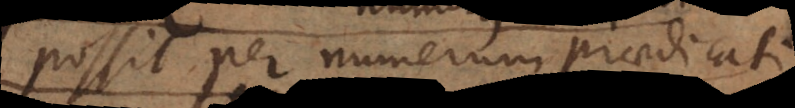
potest per numerum praedicati